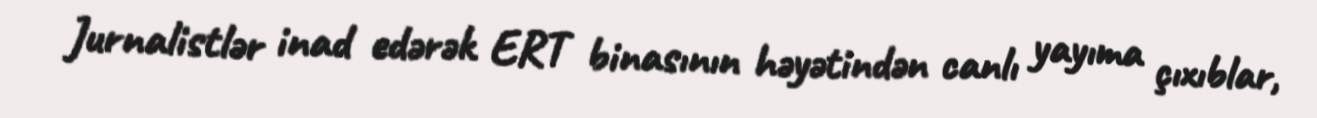
Jurnalistlər inad edərək ERT binasının həyətindən canlı yayıma çıxıblar,